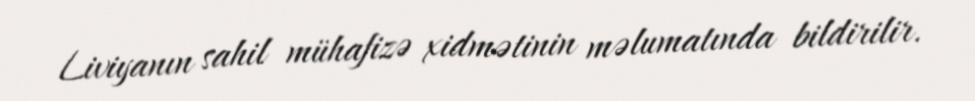
Liviyanın sahil mühafizə xidmətinin məlumatında bildirilir.